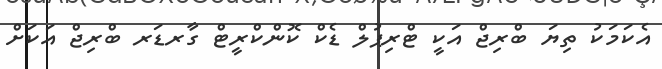
އެކަމަކު ތިޔަ ބްރިޖް އަކީ ޓްރިޕުލް ޑެކް ކޮންކްރީޓް ގާރޑަރ ބްރިޖް އަކަށް